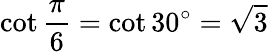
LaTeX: \cot{\frac{\pi}{6}}=\cot 30^{\circ}={\sqrt{3}}